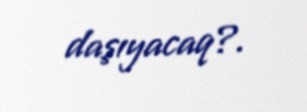
daşıyacaq?.